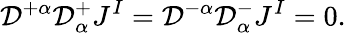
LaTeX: {\cal D}^{+\alpha}{\cal D}_{\alpha}^{+}J^{I}={\cal D}^{-\alpha}{\cal D}_{\alpha}^{-}J^{I}=0.